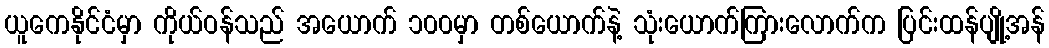
ယူကေနိုင်ငံမှာ ကိုယ်ဝန်သည် အယောက် ၁၀၀မှာ တစ်ယောက်နဲ့ သုံးယောက်ကြားလောက်က ပြင်းထန်ပျို့အန်